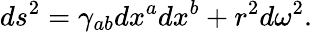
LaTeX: ds^{2}=\gamma_{ab}dx^{a}dx^{b}+r^{2}d\omega^{2}.